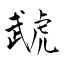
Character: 虣